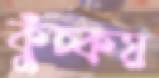
কুঁচ্‌কয়